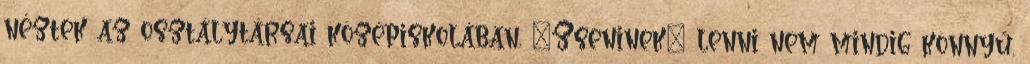
néztek az osztálytársai középiskolában. "Zseninek" lenni nem mindig könnyű.